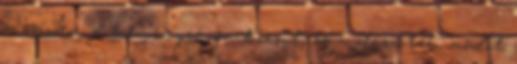
a színen, a keménységen kicsit, és a díszítési módot